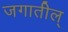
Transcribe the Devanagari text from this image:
जगातील्